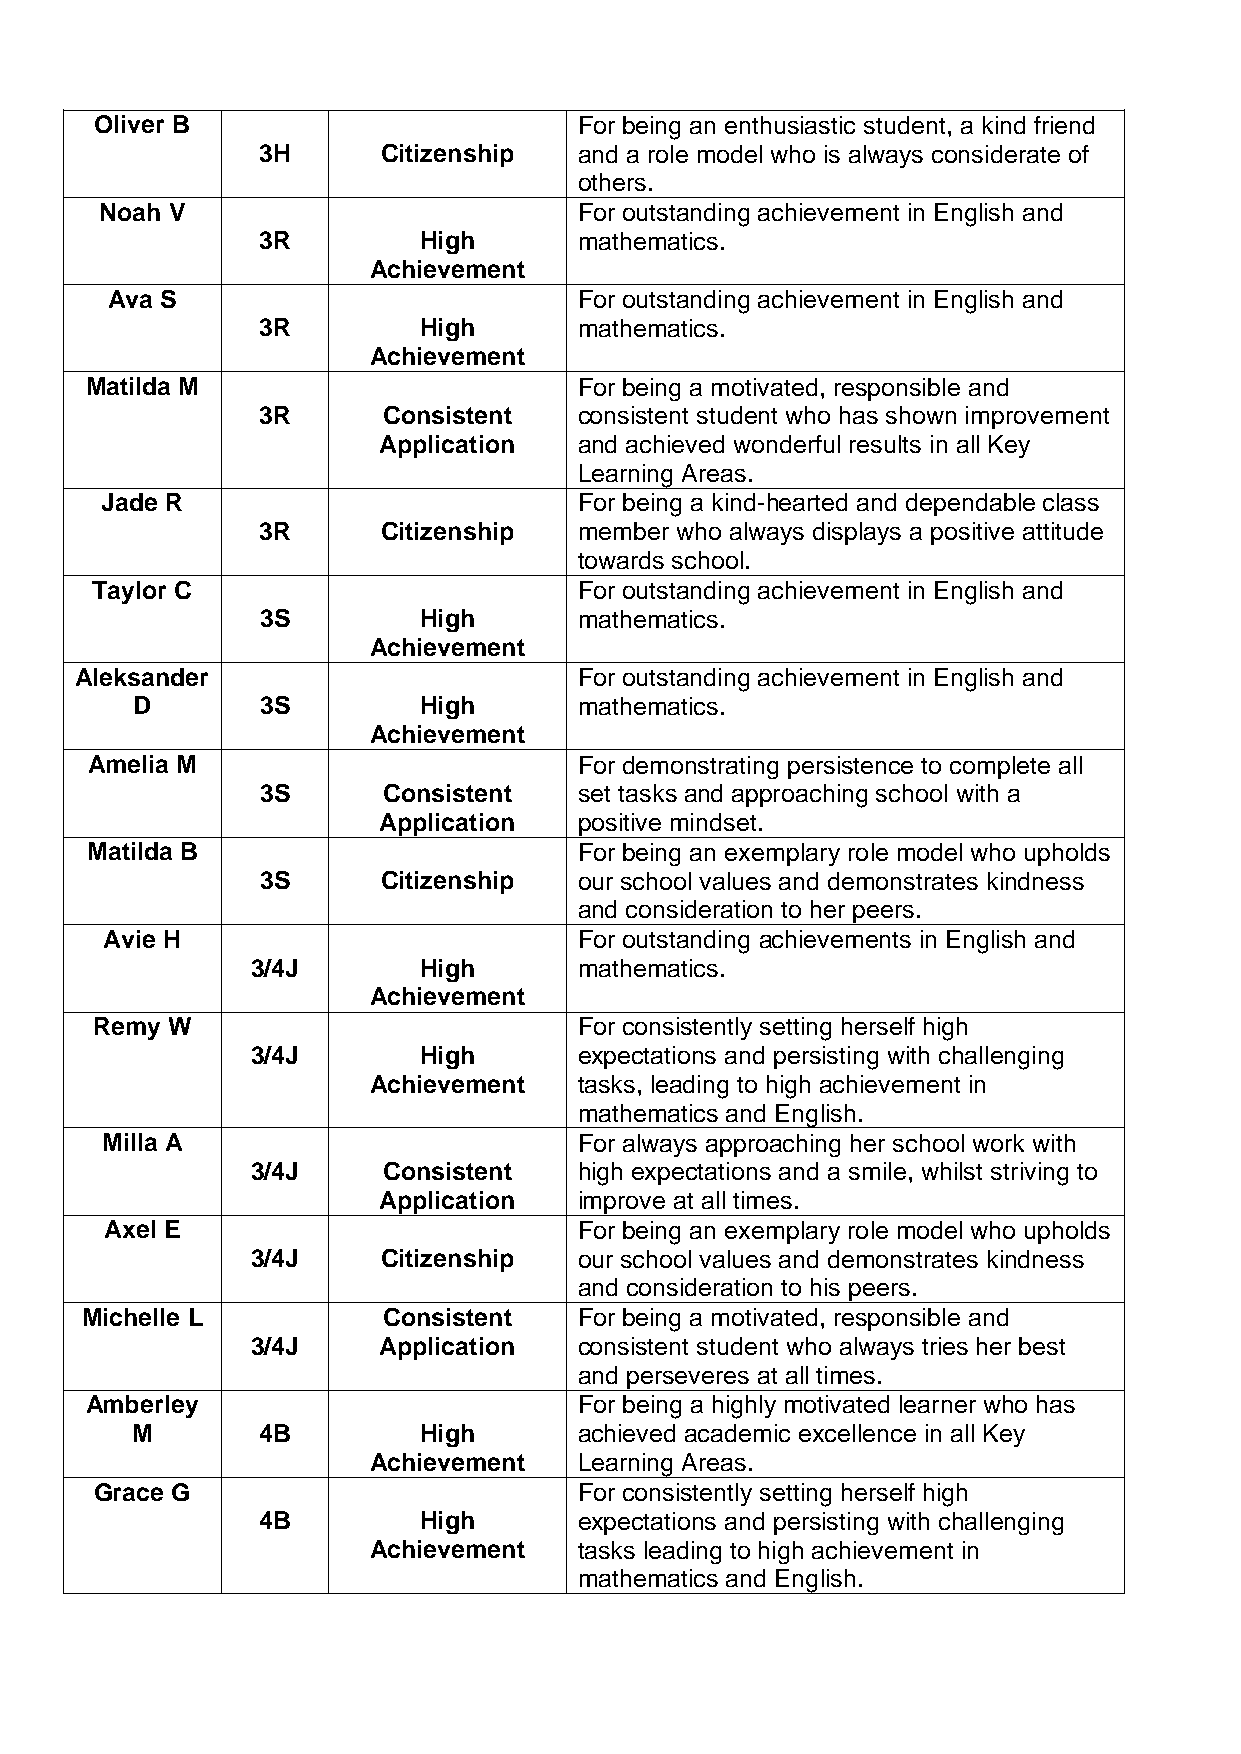
Oliver B                        For being an enthusiastic student, a kind friend
 3H      Citizenship  and a role model who is always considerate of
 others.
 Noah V                         For outstanding achievement in English and
 3R         High      mathematics.
 Achievement
 Ava S                          For outstanding achievement in English and
 3R         High      mathematics.
 Achievement
 Matilda M                       For being a motivated, responsible and
 3R      Consistent   consistent student who has shown improvement
 Application  and achieved wonderful results in all Key
 Learning Areas.
 Jade R                         For being a kind-hearted and dependable class
 3R      Citizenship  member who always displays a positive attitude
 towards school.
 Taylor C                        For outstanding achievement in English and
 3S         High      mathematics.
 Achievement
 Aleksander                       For outstanding achievement in English and
 D       3S         High      mathematics.
 Achievement
 Amelia M                        For demonstrating persistence to complete all
 3S      Consistent   set tasks and approaching school with a
 Application  positive mindset.
 Matilda B                       For being an exemplary role model who upholds
 3S      Citizenship  our school values and demonstrates kindness
 and consideration to her peers.
 Avie H                         For outstanding achievements in English and
 3/4J       High      mathematics.
 Achievement
 Remy W                          For consistently setting herself high
 3/4J       High      expectations and persisting with challenging
 Achievement   tasks, leading to high achievement in
 mathematics and English.
 Milla A                        For always approaching her school work with
 3/4J    Consistent   high expectations and a smile, whilst striving to
 Application  improve at all times.
 Axel E                         For being an exemplary role model who upholds
 3/4J    Citizenship  our school values and demonstrates kindness
 and consideration to his peers.
 Michelle L          Consistent   For being a motivated, responsible and
 3/4J    Application  consistent student who always tries her best
 and perseveres at all times.
 Amberley                        For being a highly motivated learner who has
 M       4B         High      achieved academic excellence in all Key
 Achievement   Learning Areas.
 Grace G                         For consistently setting herself high
 4B         High      expectations and persisting with challenging
 Achievement   tasks leading to high achievement in
 mathematics and English.